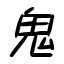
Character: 鬼